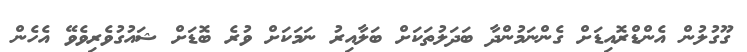
ގޫގުލުން އެންޑްރޮއިޑަށް ގެންނަމުންދާ ބަދަލުތަކަށް ބަލާއިރު ނަމަކަށް ވުރެ ބޮޑަށް ޝައުގުވެރިވެވޭ އެހެން